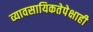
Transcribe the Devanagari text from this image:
व्यावसायिकतेपेक्षाही